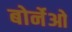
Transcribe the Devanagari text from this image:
बोर्नेओ